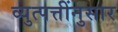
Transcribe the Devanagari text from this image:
व्युत्पत्तींनुसार